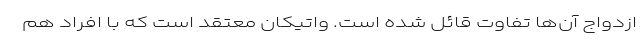
ازدواج آن‌ها تفاوت قائل شده است. واتیکان معتقد است که با افراد هم